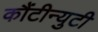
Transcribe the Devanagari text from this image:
कौंटीन्युटी